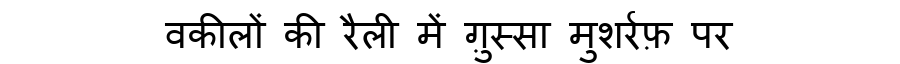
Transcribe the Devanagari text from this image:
वकीलों की रैली में ग़ुस्सा मुशर्रफ़ पर